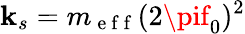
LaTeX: \mathbf{k}_{s}=m_{\mathrm{{~e~f~f~}}}(2\pif_{0})^{2}